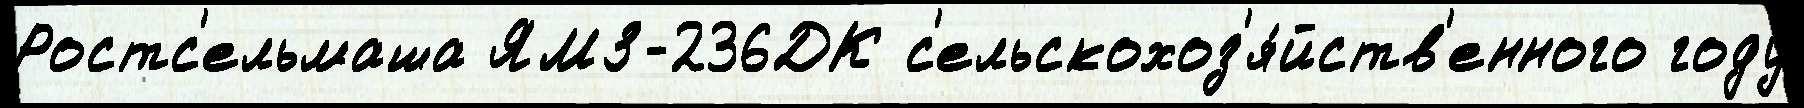
Ростс'ельмаша ЯМЗ-236ДК с'ельскохоз'я́йств'енного году